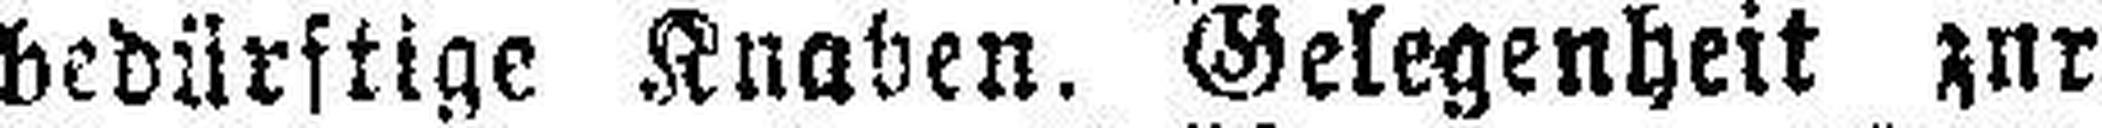
bedürftige Knaben. Gelegenheit zur